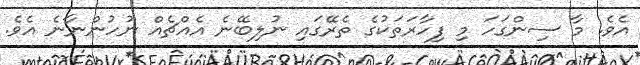
އެވެ. މާ ސިންގަހަ މި ފިހާރަތަކުގެ ތެރޭގައި ނުލިބޭނެ އެއްޗެއް ނުހުންނާނެ އެވެ.